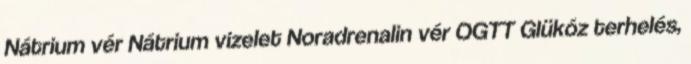
Nátrium vér Nátrium vizelet Noradrenalin vér OGTT Glükóz terhelés,